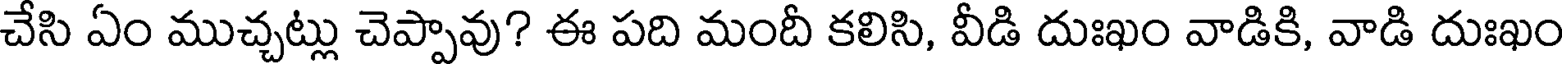
చేసి ఏం ముచ్చట్లు చెప్పావు? ఈ పది మందీ కలిసి, వీడి దుఃఖం వాడికి, వాడి దుఃఖం